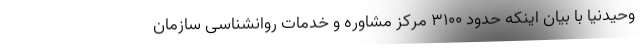
وحیدنیا با بیان اینکه حدود ۳۱۰۰ مرکز مشاوره و خدمات روانشناسی سازمان